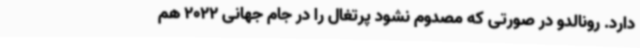
دارد. رونالدو در صورتی که مصدوم نشود پرتغال را در جام جهانی 2022 هم